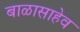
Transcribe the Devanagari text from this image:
बाळासाहेव